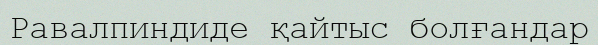
Равалпиндиде қайтыс болғандар